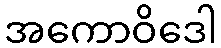
အကောဝိဒေါ